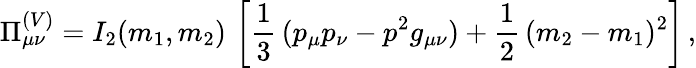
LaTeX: \Pi_{\mu\nu}^{(V)}=I_{2}(m_{1},m_{2})\, \left[\frac{1}{3}\, (p_{\mu}p_{\nu}-p^{2}g_{\mu\nu})+\frac{1}{2}\, (m_{2}-m_{1})^{2}\right]\, ,